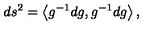
d s ^ { 2 } = \left< g ^ { - 1 } d g , g ^ { - 1 } d g \right> ,